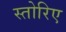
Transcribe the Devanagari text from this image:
स्तोरिए